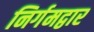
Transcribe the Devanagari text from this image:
निर्गमद्वार